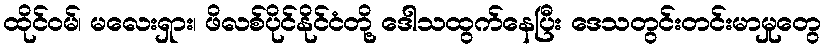
ထိုင်ဝမ်၊ မလေးရှား၊ ဖိလစ်ပိုင်နိုင်ငံတို့ ဒေါသထွက်နေပြီး ဒေသတွင်းတင်းမာမှုတွေ